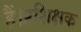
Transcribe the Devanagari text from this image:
हैं।प्रशिक्षक